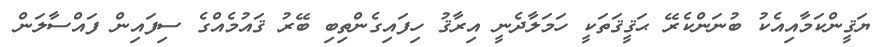
ޔަޤީންކަމާއިއެކު ބުނަންކެރޭ ޙަޤީޤަތަކީ ހަމަލާދެނީ އިރާޤު ހިފައިގެންތިބި ބޭރު ޤައުމެއްގެ ސިފައިން ފައްސާލަން